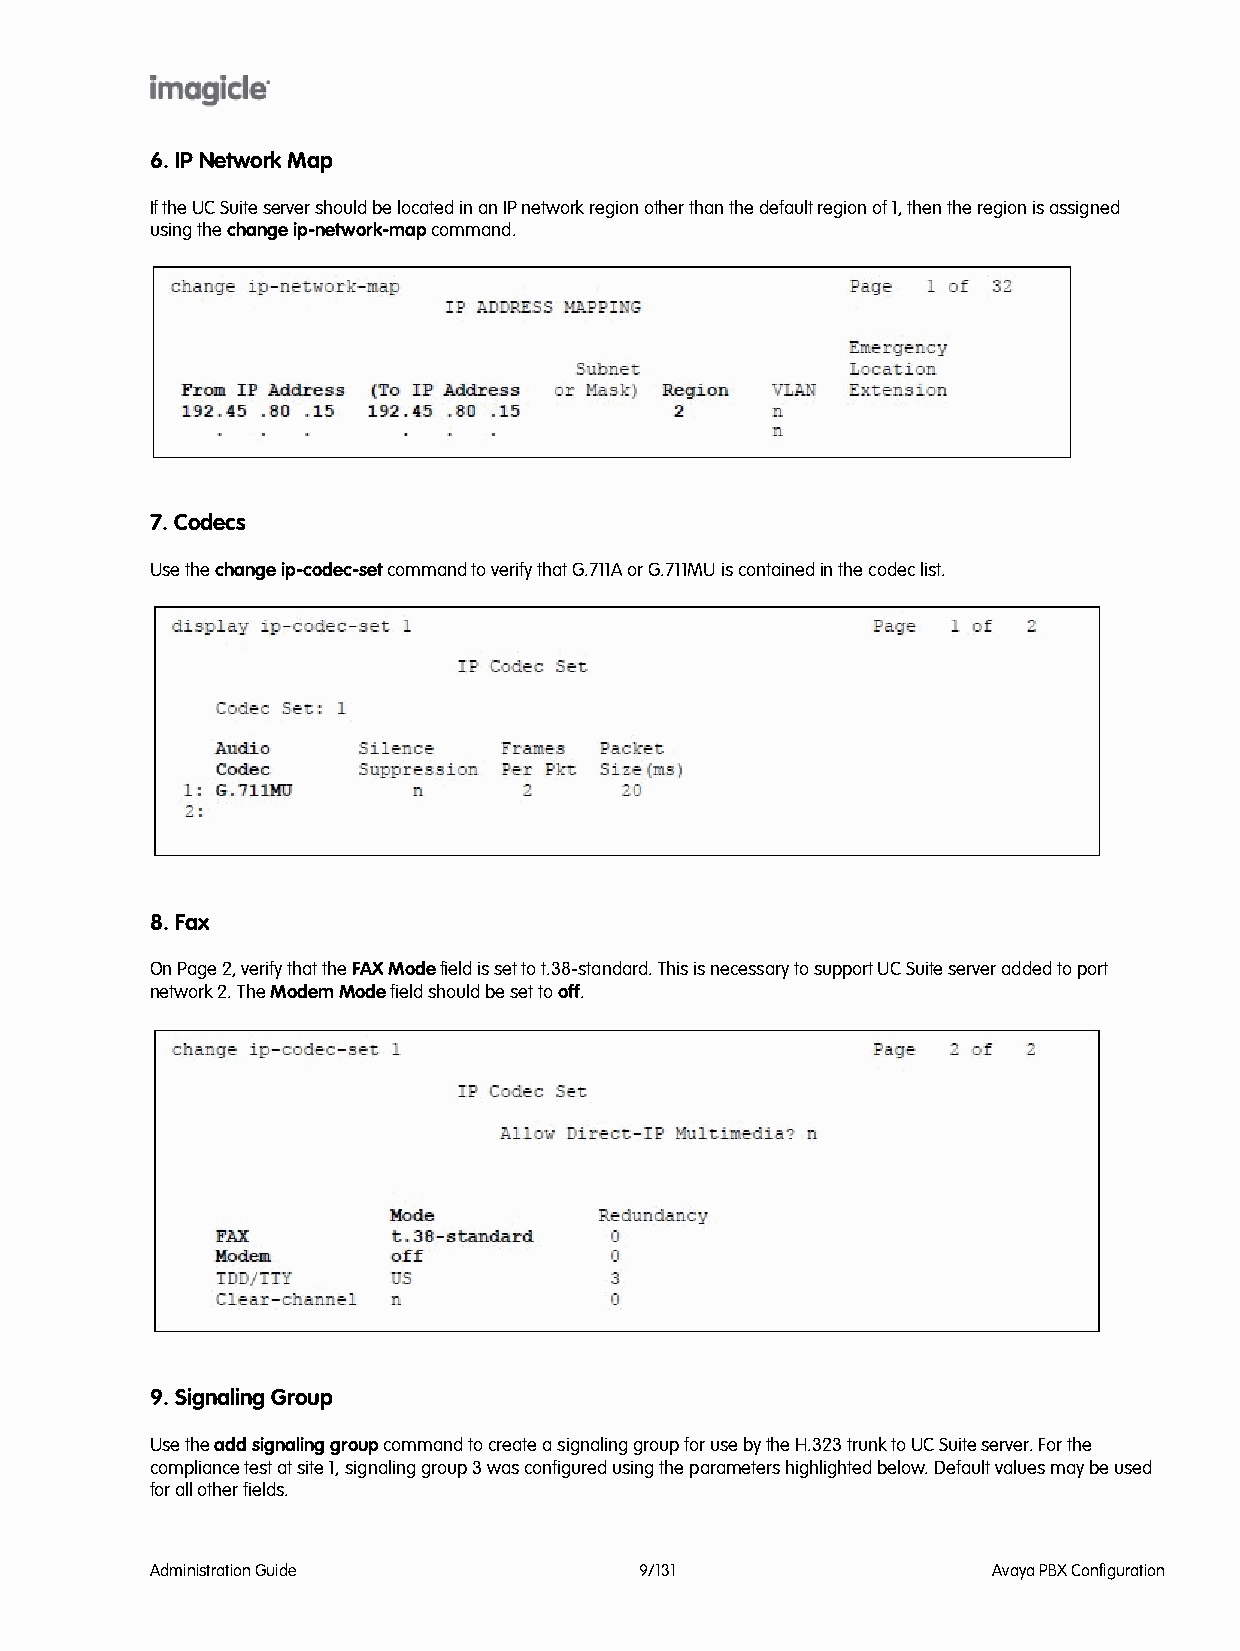
6. IP Network Map
 If the UC Suite server should be located in an IP network region other than the default region of 1, then the region is assigned
 using the change ip-network-map command.
 7. Codecs
 Use the change ip-codec-set command to verify that G.711A or G.711MU is contained in the codec list.
 8. Fax
 On Page 2, verify that the FAX Mode field is set to t.38-standard. This is necessary to support UC Suite server added to port
 network 2. The Modem Mode field should be set to off.
 9. Signaling Group
 Use the add signaling group command to create a signaling group for use by the H.323 trunk to UC Suite server. For the
 compliance test at site 1, signaling group 3 was configured using the parameters highlighted below. Default values may be used
 for all other fields.
 Administration Guide            9/131                   Avaya PBX Configuration